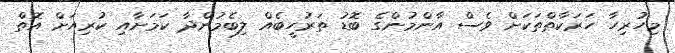
މިހުރިހާ ހަރަކާތްތަކަށް ވެސް އާންމުންގެ ބޮޑު ތަރުހީބެއް ލިބެމުންދާ ކަމަށާއި ކުރިއަށް އޮތް